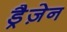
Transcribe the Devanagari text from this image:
ड्रैज़ेन